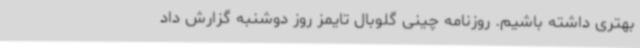
بهتری داشته باشیم. روزنامه چینی گلوبال تایمز روز دوشنبه گزارش داد